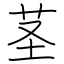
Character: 茎